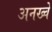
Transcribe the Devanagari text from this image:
अनख्वे